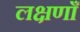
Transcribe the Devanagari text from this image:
लक्षणाँ